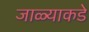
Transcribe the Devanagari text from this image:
जाळ्याकडे